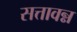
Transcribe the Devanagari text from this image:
सत्तावन्न